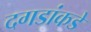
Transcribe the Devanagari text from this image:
दगडांकडे